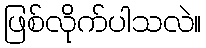
ဖြစ်လိုက်ပါသလဲ။